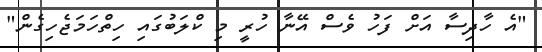
"އެ ހާދިސާ އަށް ފަހު ވެސް އޭނާ ހުރީ މި ކްލަބުގައި ހިތްހަމަޖެހިގެން"